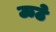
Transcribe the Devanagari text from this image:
ऊठे